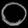
Digit: ၀